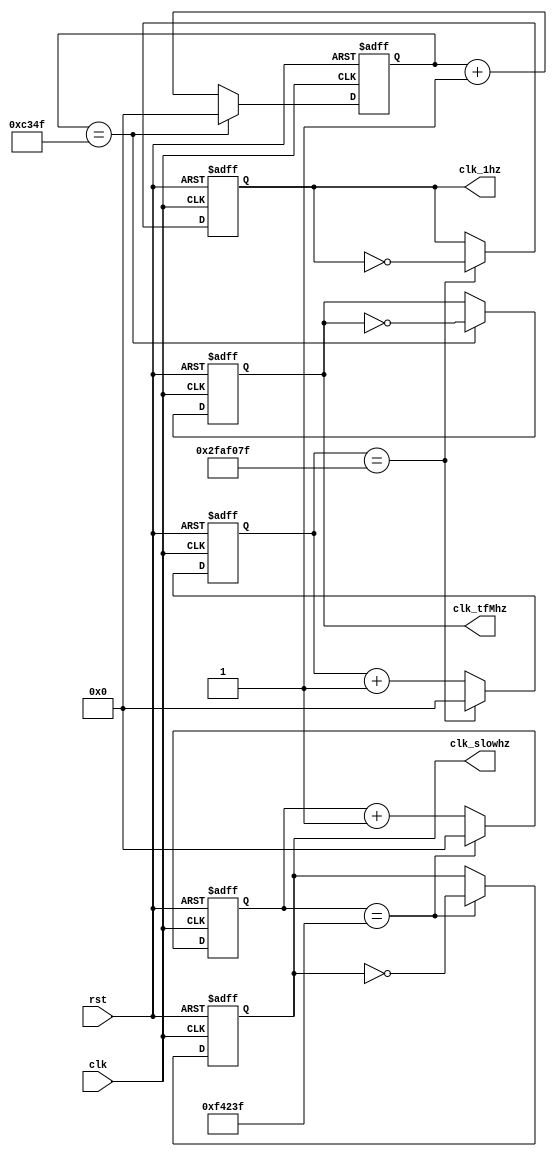
`timescale 1ns / 1ps
//////////////////////////////////////////////////////////////////////////////////
// Company: 
// Engineer: 
// 
// Design Name: 
// Module Name:    clk_divider 
// Project Name: 
// Target Devices: 
// Tool versions: 
// Description: 
//
// Dependencies: 
//
// Revision: 
// Revision 0.01 - File Created
// Additional Comments: 
//
//////////////////////////////////////////////////////////////////////////////////

//consult the Digilent tutorial on clk divider for more details https://learn.digilentinc.com/Documents/262
module clk_divider(input clk,
						input rst,
						output reg clk_1hz,
						output reg clk_tfMhz,
						output reg clk_slowhz);

	localparam onehz_divisor = 50_000_000; //divisor logic: the clk is 100Mhz, 1hz = flip bit every 50000000 times the clk changes value.
	localparam tfmhz_divisor = 50_000; //1khz for seven seg display
	localparam slowhz_divisor = 1_000_000; //1khz for seven seg display
	
	reg[31:0] onehz_counter;;
	reg[31:0] tfmhz_counter;
	reg[31:0] slowhz_counter;
	
	always @ (posedge(clk) or posedge(rst)) begin //handles 1hz clk
		if(rst == 1'b1) begin //if reset then reset the values
			onehz_counter <= 32'b0;
			clk_1hz <= 1'b0;
 		end
		else if(onehz_counter == onehz_divisor - 1) begin //if the divisor value is reached, reset counter and flip the divided clk bit
			onehz_counter <= 32'b0;
			clk_1hz <= ~clk_1hz;
		end
		else begin //otherwise just increment the counter
			onehz_counter <= onehz_counter + 1;
			clk_1hz <= clk_1hz;
		end
	end
	
	always @ (posedge(clk) or posedge(rst)) begin //handles display 1khz clk
		if(rst == 1'b1) begin
			tfmhz_counter <= 32'b0;
			clk_tfMhz <= 1'b0;
 		end
		else if(tfmhz_counter == tfmhz_divisor - 1) begin
			tfmhz_counter <= 32'b0;
			clk_tfMhz <= ~clk_tfMhz;
		end
		else begin
			tfmhz_counter <= tfmhz_counter + 1;
			clk_tfMhz <= clk_tfMhz;
		end
	end

	always @ (posedge(clk) or posedge(rst)) begin //handles display 1khz clk
		if(rst == 1'b1) begin
			slowhz_counter <= 32'b0;
			clk_slowhz <= 1'b0;
 		end
		else if(slowhz_counter == slowhz_divisor - 1) begin
			slowhz_counter <= 32'b0;
			clk_slowhz <= ~clk_slowhz;
		end
		else begin
			slowhz_counter <= slowhz_counter + 1;
			clk_slowhz <= clk_slowhz;
		end
	end
endmodule